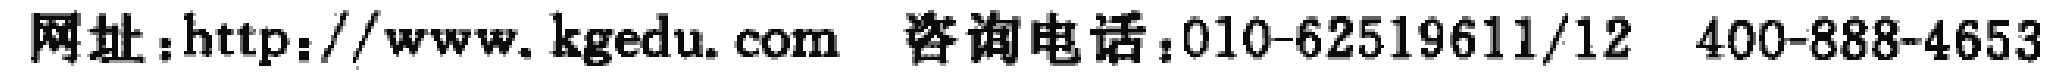
网址：http://www.kgedu.com  咨询电话：010-62519611/12  400-888-4653